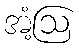
အံ့ဩ